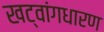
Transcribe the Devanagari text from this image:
खट्‌वांगधारण